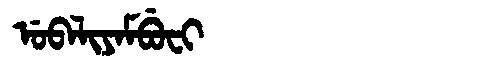
Manchu: ᡠᠪᠠᠯᡳᠶᠠᠮᠪᡠᠸᡳ
Romanization: UBALIYAMBUFI